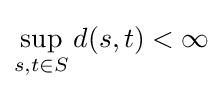
\sup _{s,t\in S}d(s,t)<\infty